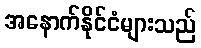
အနောက်နိုင်ငံများသည်